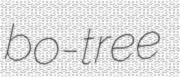
bo-tree